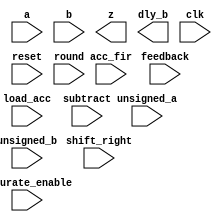
(* blackbox *)
module RS_DSP_MULTADD (
    input  wire [19:0] a,
    input  wire [17:0] b,
    output wire [37:0] z,
    output wire[17:0] dly_b,

    input  wire    clk, reset,

    input  wire [ 2:0] feedback,
    input  wire [ 5:0] acc_fir,
    input  wire        load_acc,
    input  wire        unsigned_a,
    input  wire        unsigned_b,
    input  wire        saturate_enable,
    input  wire [ 5:0] shift_right,
    input  wire        round,
    input  wire        subtract
    );

    parameter [79:0] MODE_BITS = 80'h1000;
    
endmodule